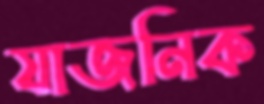
যাজনিক